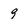
Character: 9